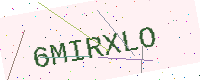
Text: 6MIRXLO